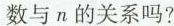
数与n的关系吗?